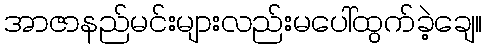
အာဇာနည်မင်းများလည်းမပေါ်ထွက်ခဲ့ချေ။